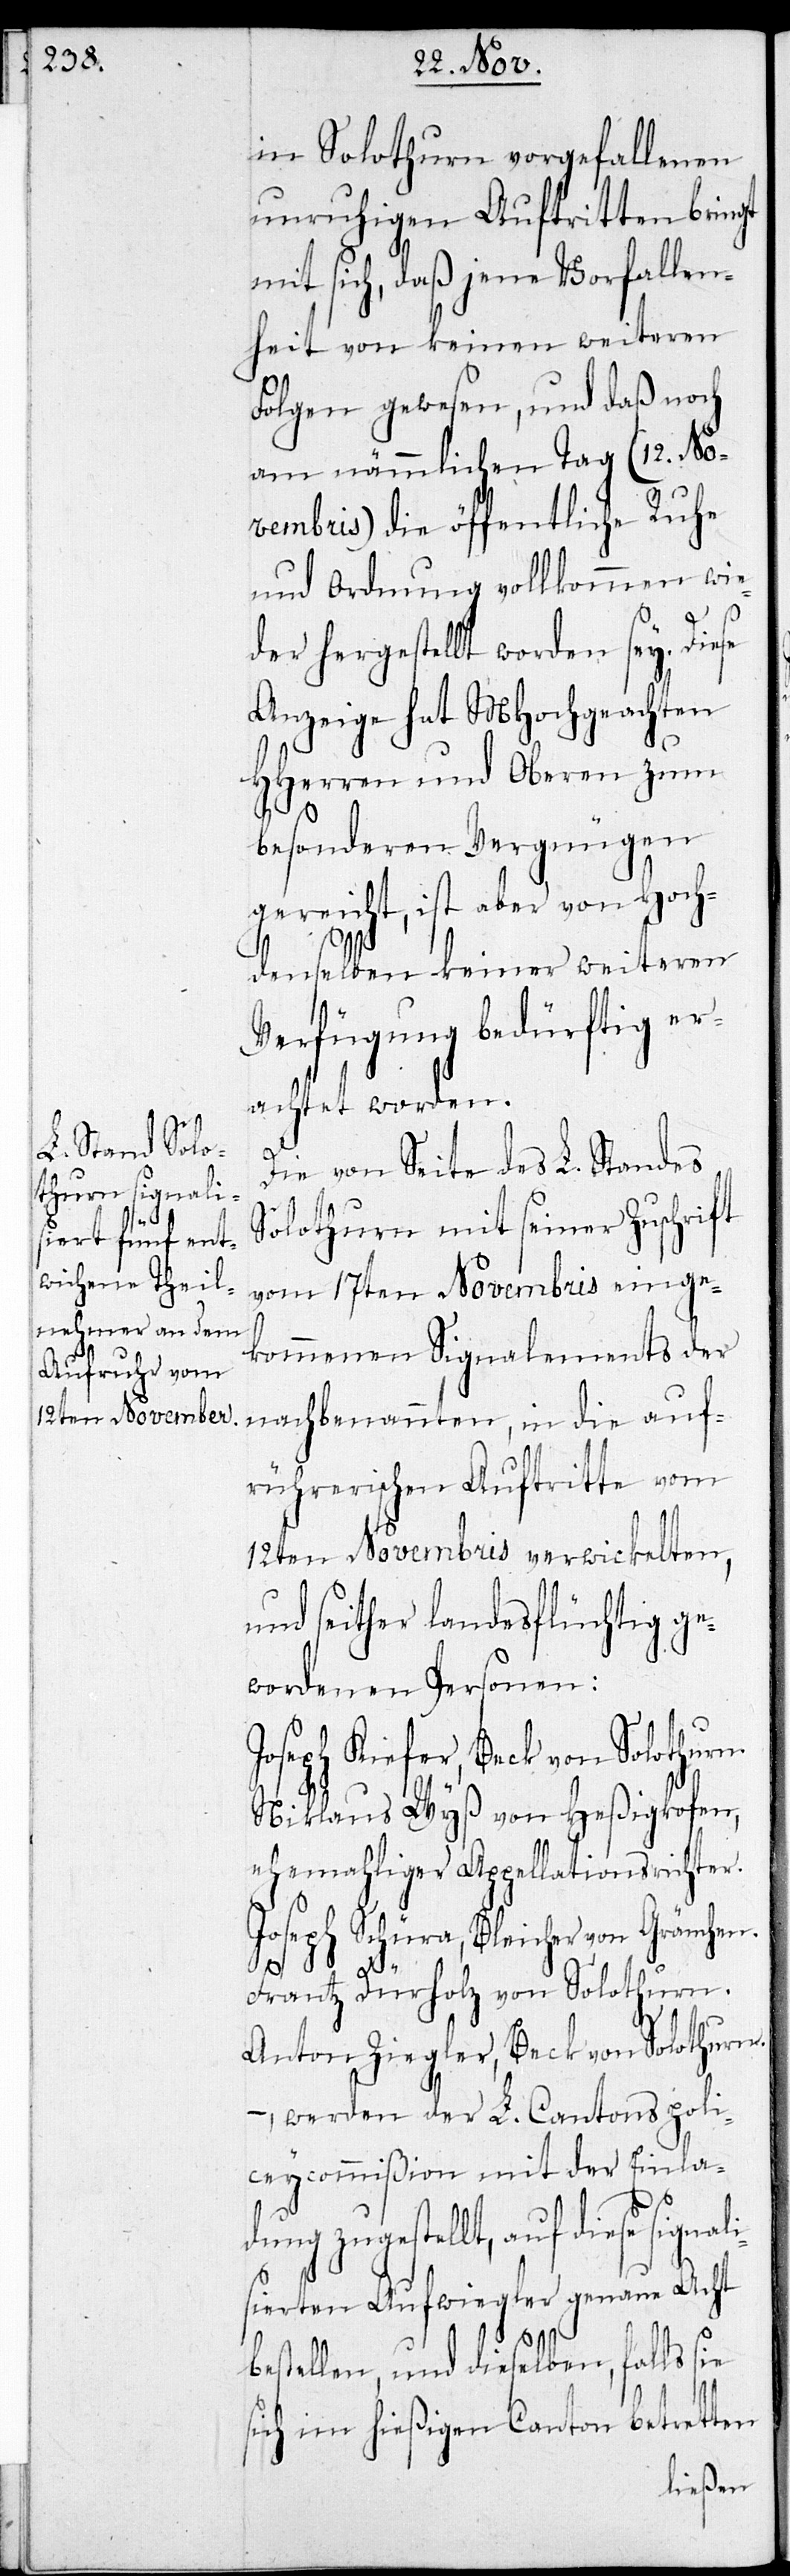
in Solothurn vorgefallenen
unruhigen Auftritten bringt
mit sich, daß jene Vorfallen¬
heit von keinen weiteren
Folgen gewesen, und daß noch
am nämlichen Tag (12. No¬
vembris) die öffentliche Ruhe
und Ordnung vollkommen wie¬
der hergestellt worden sey. Diese
Anzeige hat MHochgeachten
HHerren und Oberen zum
besonderen Vergnügen
gereicht, ist aber von Hoch¬
denselben keiner weiteren
Verfügung bedürftig er¬
achtet worden.
Die von Seite des L. Standes
Solothurn mit seiner Zuschrift
vom 17ten Novembris einge¬
kommenen Signalements der
nachbenannten, in die auf¬
rührerischen Auftritte vom
12ten Novembris verwickelten,
und seither landesflüchtig ge¬
wordenen Personen:
Joseph Kiefer, Beck, von
Niklaus Wyß von Heßigkofen,
ehemahliger Appellationsrichter.
Joseph Schüra, Bleicher von Gränchen.
Frantz Dürholz von Solothurn.
Anton Ziegler, Beck von Solothurn.
, werden der L. Cantonspoli¬
zeycommißion mit der Einla¬
dung zugestellt, auf diese signal¬
isierten Aufwiegler genau Acht
bestellen, und dieselben, falls sie
sich im hießigen Canton betretten